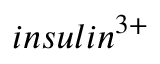
i n s u l i n ^ { 3 + }